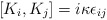
\begin{align*}[K_i,K_j]=i\kappa\epsilon_{ij}\end{align*}